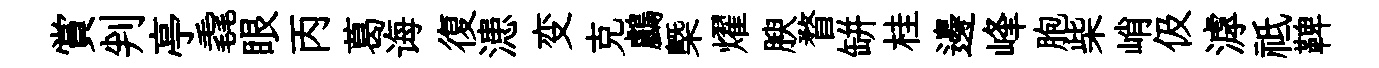
賞判亭毳眼丙葛诲復漶变克鸕槩燿腴瞀缾桂邊峰胞柴峭伋滹祗鞞